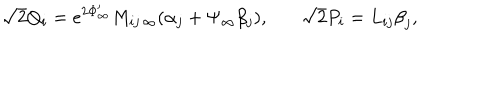
\sqrt { 2 } Q _ { i } = e ^ { 2 \Phi _ { \infty } ^ { \prime } } M _ { i j \, \infty } ( \alpha _ { j } + \Psi _ { \infty } \beta _ { j } ) , \ \ \ \sqrt { 2 } P _ { i } = L _ { i j } { \beta } _ { j } ,